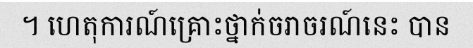
។ ហេតុការណ៍គ្រោះថ្នាក់ចរាចរណ៍នេះ បាន